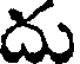
దు